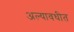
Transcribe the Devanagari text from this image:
अल्यावधीत